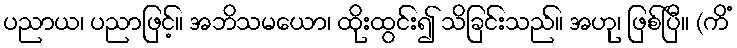
ပညာယ၊ ပညာဖြင့်။ အဘိသမယော၊ ထိုးထွင်း၍ သိခြင်းသည်။ အဟု၊ ဖြစ်ပြီ။ (ကိံ